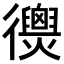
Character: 𢖣